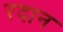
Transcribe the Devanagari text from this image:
रदान